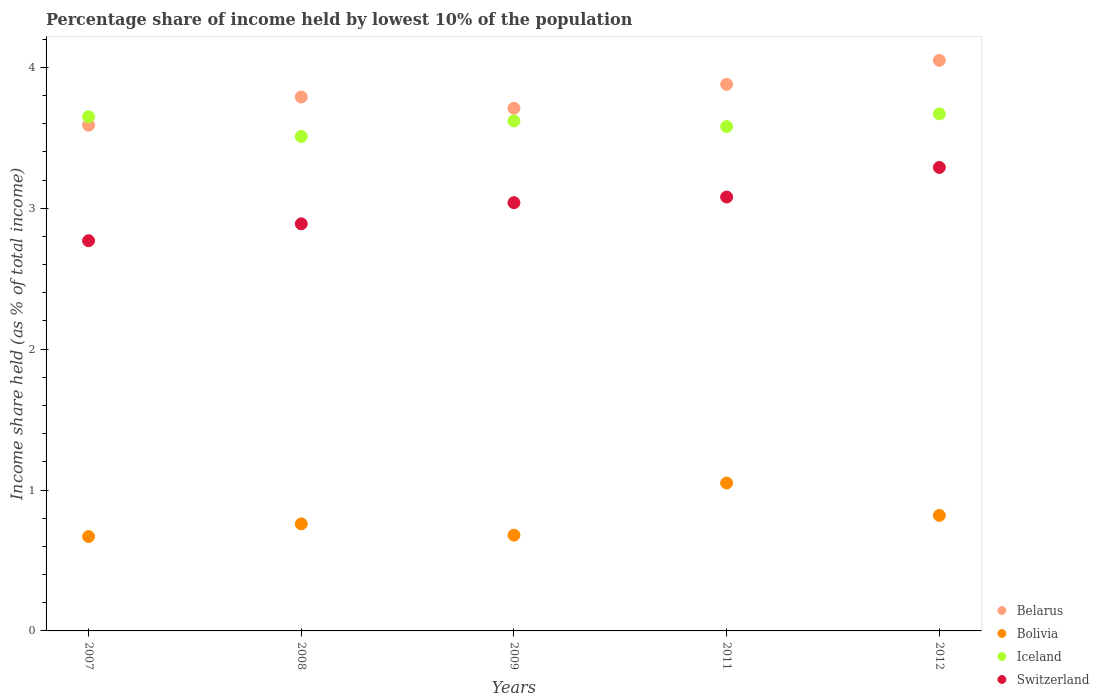
| Years | Belarus | Bolivia | Iceland | Switzerland |
 | --- | --- | --- | --- | --- |
 | 2007 | 3.59 | 0.67 | 3.65 | 2.77 |
 | 2008 | 3.79 | 0.76 | 3.51 | 2.89 |
 | 2009 | 3.71 | 0.68 | 3.62 | 3.04 |
 | 2011 | 3.88 | 1.05 | 3.58 | 3.08 |
 | 2012 | 4.05 | 0.82 | 3.67 | 3.29 |